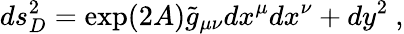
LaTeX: ds_{D}^{2}=\exp(2A){\widetilde g}_{\mu\nu}dx^{\mu}dx^{\nu}+dy^{2}~,